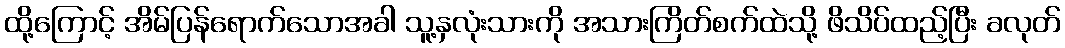
ထို့ကြောင့် အိမ်ပြန်ရောက်သောအခါ သူ့နှလုံးသားကို အသားကြိတ်စက်ထဲသို့ ဖိသိပ်ထည့်ပြီး ခလုတ်